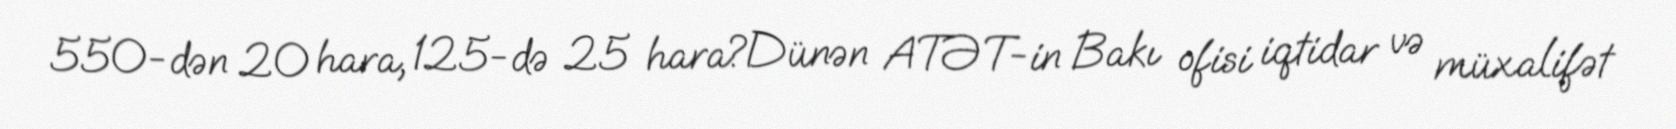
550-dən 20 hara, 125-də 25 hara?Dünən ATƏT-in Bakı ofisi iqtidar və müxalifət